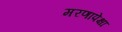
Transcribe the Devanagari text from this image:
मरणापेक्षा